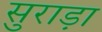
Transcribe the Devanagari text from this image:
सुराड़ा